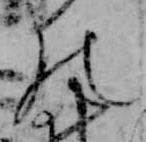
の